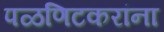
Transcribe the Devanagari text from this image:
पळणिटकरांना